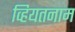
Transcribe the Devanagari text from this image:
व्हियतनाम